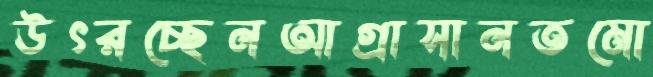
উৎরচ্ছেনআগ্রাসানতমো